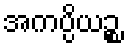
အကပ္ပိယဉ္စ